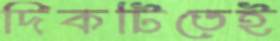
দিকটিতেই